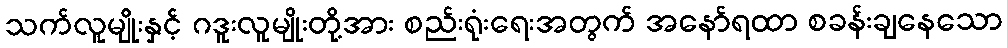
သက်လူမျိုးနှင့် ဂဒူးလူမျိုးတို့အား စည်းရုံးရေးအတွက် အနော်ရထာ စခန်းချနေသော